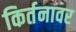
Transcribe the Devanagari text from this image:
किर्तनावर